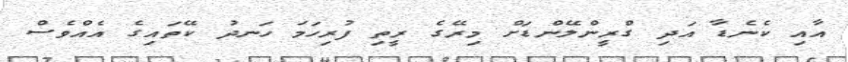
އާއި ކެނެޑާ އަދި ގްރީންލޭންޑަށް މިރޭގެ ރީތި ފުރިހަމަ ހަނދު ކޭތައިގެ އެއްވެސް